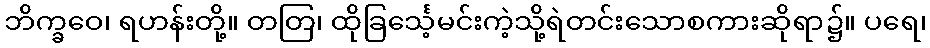
ဘိက္ခဝေ၊ ရဟန်းတို့။ တတြ၊ ထိုခြင်္သေ့မင်းကဲ့သို့ရဲတင်းသောစကားဆိုရာ၌။ ပရေ၊